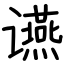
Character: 䜩